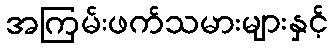
အကြမ်းဖက်သမားများနှင့်